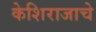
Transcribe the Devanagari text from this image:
केशिराजाचे